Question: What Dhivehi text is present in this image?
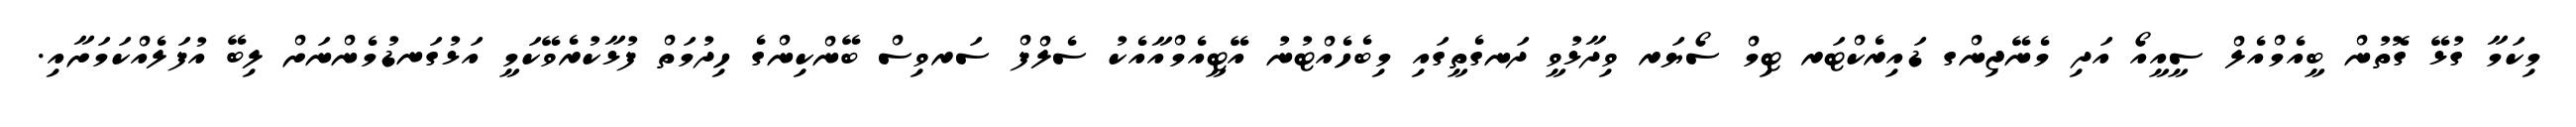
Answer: މިކަމާ ގުޅޭ ގޮތުން ބީއެމްއެލް ސީއީއޯ އަދި މެނޭޖިންގ ޑައިރެކްޓަރ ޓިމް ސޯޔަރ ވިދާޅުވީ ދަނގެތީގައި މިބެހެއްޓުނު އޭޓީއެމްއާއެކު ސެލްފް ސަރވިސް ބޭންކިންގެ ހިދުމަތް ފުޅާކުރެވޭކަމީ އަޅުގަނޑުމެންނަށް ލިބޭ އުފަލެއްކަމަށާއި.